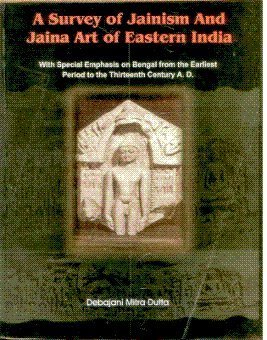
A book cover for A Survey of Jainism and Jaina Art of Eastern India; Debajani Mitra Dutta; Religion & Spirituality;